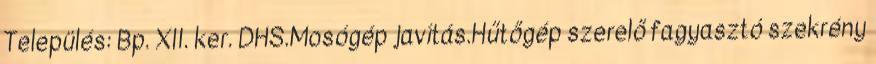
Település: Bp. XII. ker. DHS.Mosógép javítás.Hűtőgép szerelő fagyasztó szekrény